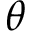
\theta